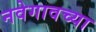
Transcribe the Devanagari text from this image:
नवेगावच्या